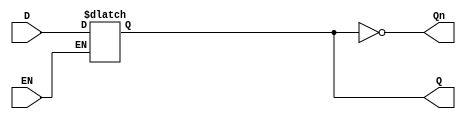
module GatedDLatch (
    input wire D,    // Data input
    input wire EN,   // Enable control signal
    output reg Q,    // Output signal
    output wire Qn   // Complement of the output Q
);

// Complement of Q
assign Qn = ~Q;

// Always block to model the behavior of the Gated D Latch
always @(*) begin
    if (EN) begin
        Q = D;  // When EN is high, Q follows D
    end
    // When EN is low, Q retains its previous value
end

endmodule